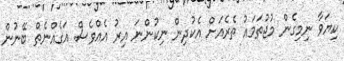
ކިޔަވާ ނިމިގެން މުޖުތަމައު ތެރެއަށް އެކުދިން ނިކުންނަ އިރު އެއްވެސް އަގެއްނެތް ބޭނުން